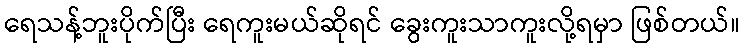
ရေသန့်ဘူးပိုက်ပြီး ရေကူးမယ်ဆိုရင် ခွေးကူးသာကူးလို့ရမှာ ဖြစ်တယ်။